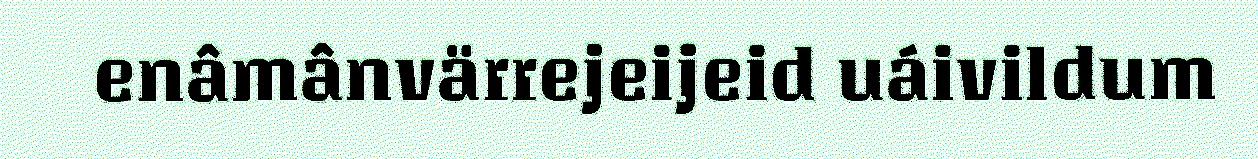
enâmânvärrejeijeid uáivildum